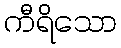
ကီရိသော